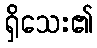
ရှိသေး၏